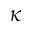
\kappa